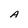
Character: A